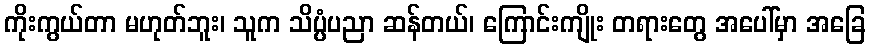
ကိုးကွယ်တာ မဟုတ်ဘူး၊ သူက သိပ္ပံပညာ ဆန်တယ်၊ ကြောင်းကျိုး တရားတွေ အပေါ်မှာ အခြေ